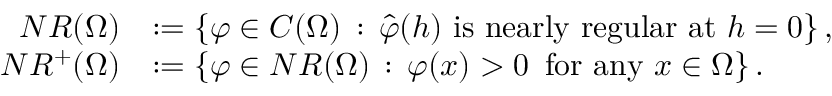
\begin{array} { r l } { N R ( \Omega ) } & { : = \left\{ \varphi \in C ( \Omega ) \, : \, \hat { \varphi } ( h ) \mathrm { ~ i s ~ n e a r l y ~ r e g u l a r ~ a t ~ } h = 0 \right\} , } \\ { N R ^ { + } ( \Omega ) } & { : = \left\{ \varphi \in N R ( \Omega ) \, : \, \varphi ( x ) > 0 \, \mathrm { ~ f o r ~ a n y ~ } x \in \Omega \right\} . } \end{array}